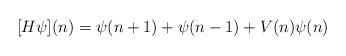
LaTeX: \begin{align*}[H \psi](n) = \psi(n+1) + \psi(n-1) + V(n) \psi(n)\end{align*}